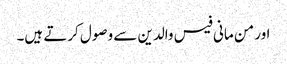
اور من مانی فیس والدین سے وصول کرتے ہیں۔